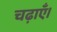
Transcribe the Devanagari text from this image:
चढ़ाएँ।